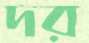
দর